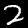
Digit: 2